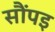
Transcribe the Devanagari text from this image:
सौंपइ